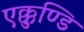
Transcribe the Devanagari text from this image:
एक्कुण्डि